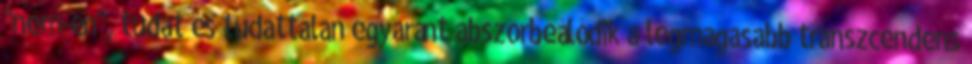
"nem-én", tudat és tudattalan egyaránt abszorbeálódik a legmagasabb transzcendens